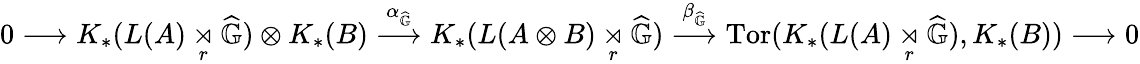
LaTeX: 0\longrightarrow K_{*}(L(A)\underset{r}{\rtimes}\widehat{\mathbb{G}})\otimes K_{*}(B)\overset{\alpha_{\widehat{\mathbb{G}}}}{\longrightarrow}K_{*}(L(A\otimes B)\underset{r}{\rtimes}\widehat{\mathbb{G}})\overset{\beta_{\widehat{\mathbb{G}}}}{\longrightarrow}\mathrm{Tor}(K_{*}(L(A)\underset{r}{\rtimes}\widehat{\mathbb{G}}),K_{*}(B))\longrightarrow 0